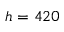
h = 4 2 0